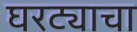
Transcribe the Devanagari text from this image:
घरट्याचा